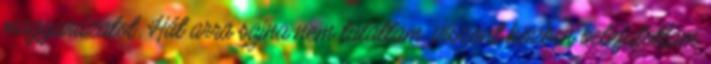
magyarázatot. Hát arra sajna nem találtam, viszont közben belefutottam